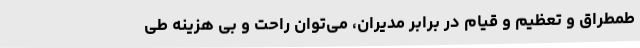
طمطراق و تعظیم و قیام در برابر مدیران، می‌توان راحت و بی هزینه طی